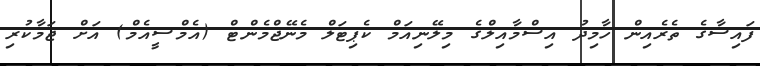
ފައިސާގެ ތެރެއިން ހާމިދު އިސްމާއިލްގެ މިލޭނިއަމް ކެޕިޓަލް މެނޭޖްމެންޓް (އެމްސީއެމް) އަށް ޖަމާކުރި